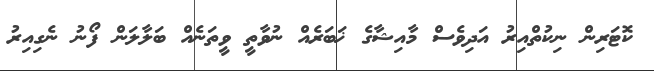
ކޮޓަރިން ނިކުތްއިރު އަދިވެސް މާއިޝާގެ ޚަބަރެއް ނުވާތީ ވީތަނެއް ބަލާލަން ފޯނު ނެގިއިރު